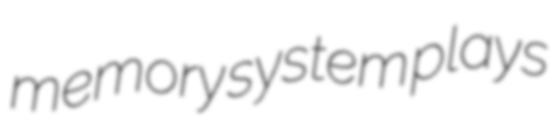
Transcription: memory system plays